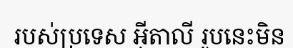
របស់ប្រទេស អ៊ីតាលី រូបនេះមិន